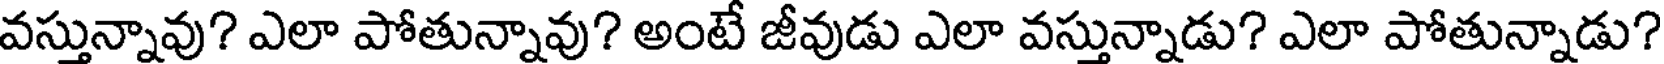
వస్తున్నావు? ఎలా పోతున్నావు? అంటే జీవుడు ఎలా వస్తున్నాడు? ఎలా పోతున్నాడు?